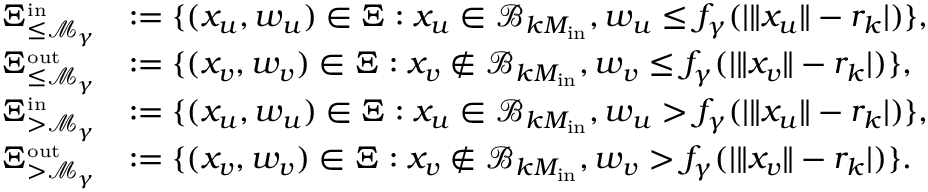
\begin{array} { r l } { \Xi _ { \le { \mathcal M } _ { \gamma } } ^ { \scriptscriptstyle \mathrm { i n } } } & { : = \{ ( x _ { u } , w _ { u } ) \in \Xi : x _ { u } \in { \mathcal B } _ { k M _ { \mathrm { i n } } } , w _ { u } \le f _ { \gamma } ( | \| x _ { u } \| - r _ { k } | ) \} , } \\ { \Xi _ { \le { \mathcal M } _ { \gamma } } ^ { \scriptscriptstyle \mathrm { o u t } } } & { : = \{ ( x _ { v } , w _ { v } ) \in \Xi : x _ { v } \notin { \mathcal B } _ { k M _ { \mathrm { i n } } } , w _ { v } \le f _ { \gamma } ( | \| x _ { v } \| - r _ { k } | ) \} , } \\ { \Xi _ { > { \mathcal M } _ { \gamma } } ^ { \scriptscriptstyle \mathrm { i n } } } & { : = \{ ( x _ { u } , w _ { u } ) \in \Xi : x _ { u } \in { \mathcal B } _ { k M _ { \mathrm { i n } } } , w _ { u } > f _ { \gamma } ( | \| x _ { u } \| - r _ { k } | ) \} , } \\ { \Xi _ { > { \mathcal M } _ { \gamma } } ^ { \scriptscriptstyle \mathrm { o u t } } } & { : = \{ ( x _ { v } , w _ { v } ) \in \Xi : x _ { v } \notin { \mathcal B } _ { k M _ { \mathrm { i n } } } , w _ { v } > f _ { \gamma } ( | \| x _ { v } \| - r _ { k } | ) \} . } \end{array}